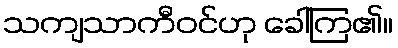
သကျသာကီဝင်ဟု ခေါ်ကြ၏။